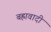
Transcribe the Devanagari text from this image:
बह्रावादी